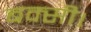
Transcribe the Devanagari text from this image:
बक्सी।